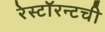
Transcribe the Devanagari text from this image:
रेस्टॉरन्टची